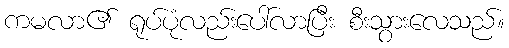
ကမလာ၏ ရုပ်ပုံလည်းပေါ်လာပြီး စီးသွားလေသည်။